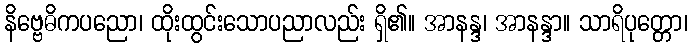
နိဗ္ဗေဓိကပညော၊ ထိုးထွင်းသောပညာလည်း ရှိ၏။ အာနန္ဒ၊ အာနန္ဒာ။ သာရိပုတ္တော၊